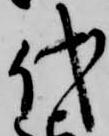
代